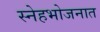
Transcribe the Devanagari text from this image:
स्नेहभोजनात